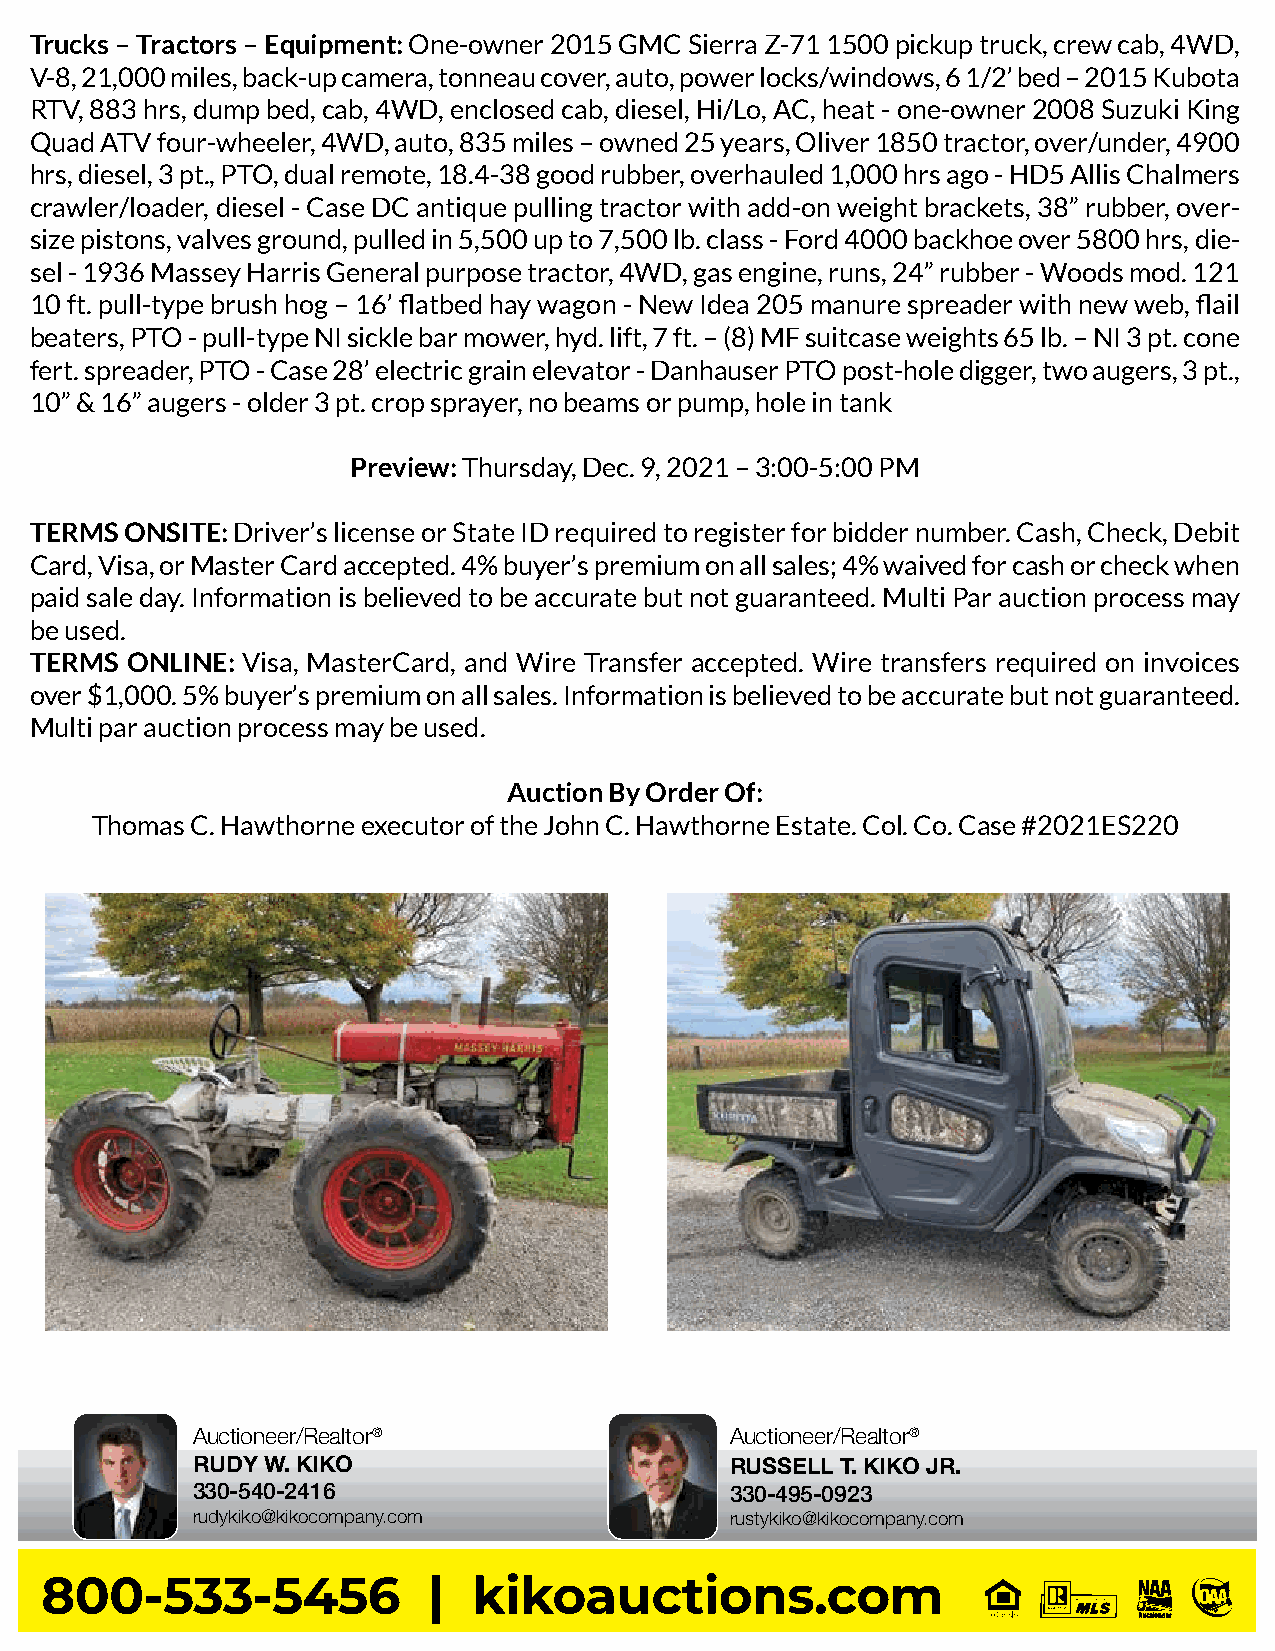
Trucks – Tractors – Equipment: One-owner 2015 GMC Sierra Z-71 1500 pickup truck, crew cab, 4WD,
 V-8, 21,000 miles, back-up camera, tonneau cover, auto, power locks/windows, 6 1/2’ bed – 2015 Kubota
 RTV, 883 hrs, dump bed, cab, 4WD, enclosed cab, diesel, Hi/Lo, AC, heat - one-owner 2008 Suzuki King
 Quad ATV four-wheeler, 4WD, auto, 835 miles – owned 25 years, Oliver 1850 tractor, over/under, 4900
 hrs, diesel, 3 pt., PTO, dual remote, 18.4-38 good rubber, overhauled 1,000 hrs ago - HD5 Allis Chalmers
 crawler/loader, diesel - Case DC antique pulling tractor with add-on weight brackets, 38” rubber, over-
 size pistons, valves ground, pulled in 5,500 up to 7,500 lb. class - Ford 4000 backhoe over 5800 hrs, die-
 sel - 1936 Massey Harris General purpose tractor, 4WD, gas engine, runs, 24” rubber - Woods mod. 121
 10 ft. pull-type brush hog – 16’ flatbed hay wagon - New Idea 205 manure spreader with new web, flail
 beaters, PTO - pull-type NI sickle bar mower, hyd. lift, 7 ft. – (8) MF suitcase weights 65 lb. – NI 3 pt. cone
 fert. spreader, PTO - Case 28’ electric grain elevator - Danhauser PTO post-hole digger, two augers, 3 pt.,
 10” & 16” augers - older 3 pt. crop sprayer, no beams or pump, hole in tank
 Preview: Thursday, Dec. 9, 2021 – 3:00-5:00 PM
 TERMS ONSITE: Driver’s license or State ID required to register for bidder number. Cash, Check, Debit
 Card, Visa, or Master Card accepted. 4% buyer’s premium on all sales; 4% waived for cash or check when
 paid sale day. Information is believed to be accurate but not guaranteed. Multi Par auction process may
 be used.
 TERMS ONLINE: Visa, MasterCard, and Wire Transfer accepted. Wire transfers required on invoices
 over $1,000. 5% buyer’s premium on all sales. Information is believed to be accurate but not guaranteed.
 Multi par auction process may be used.
 Auction By Order Of:
 Thomas C. Hawthorne executor of the John C. Hawthorne Estate. Col. Co. Case #2021ES220
 Auctioneer/Realtor®                Auctioneer/Realtor®
 RUDY W. KIKO                       RUSSELL T. KIKO JR.
 330-540-2416                       330-495-0923
 rudykiko@kikocompany.com           rustykiko@kikocompany.com
 800-533-5456             |  kikoauctions.com